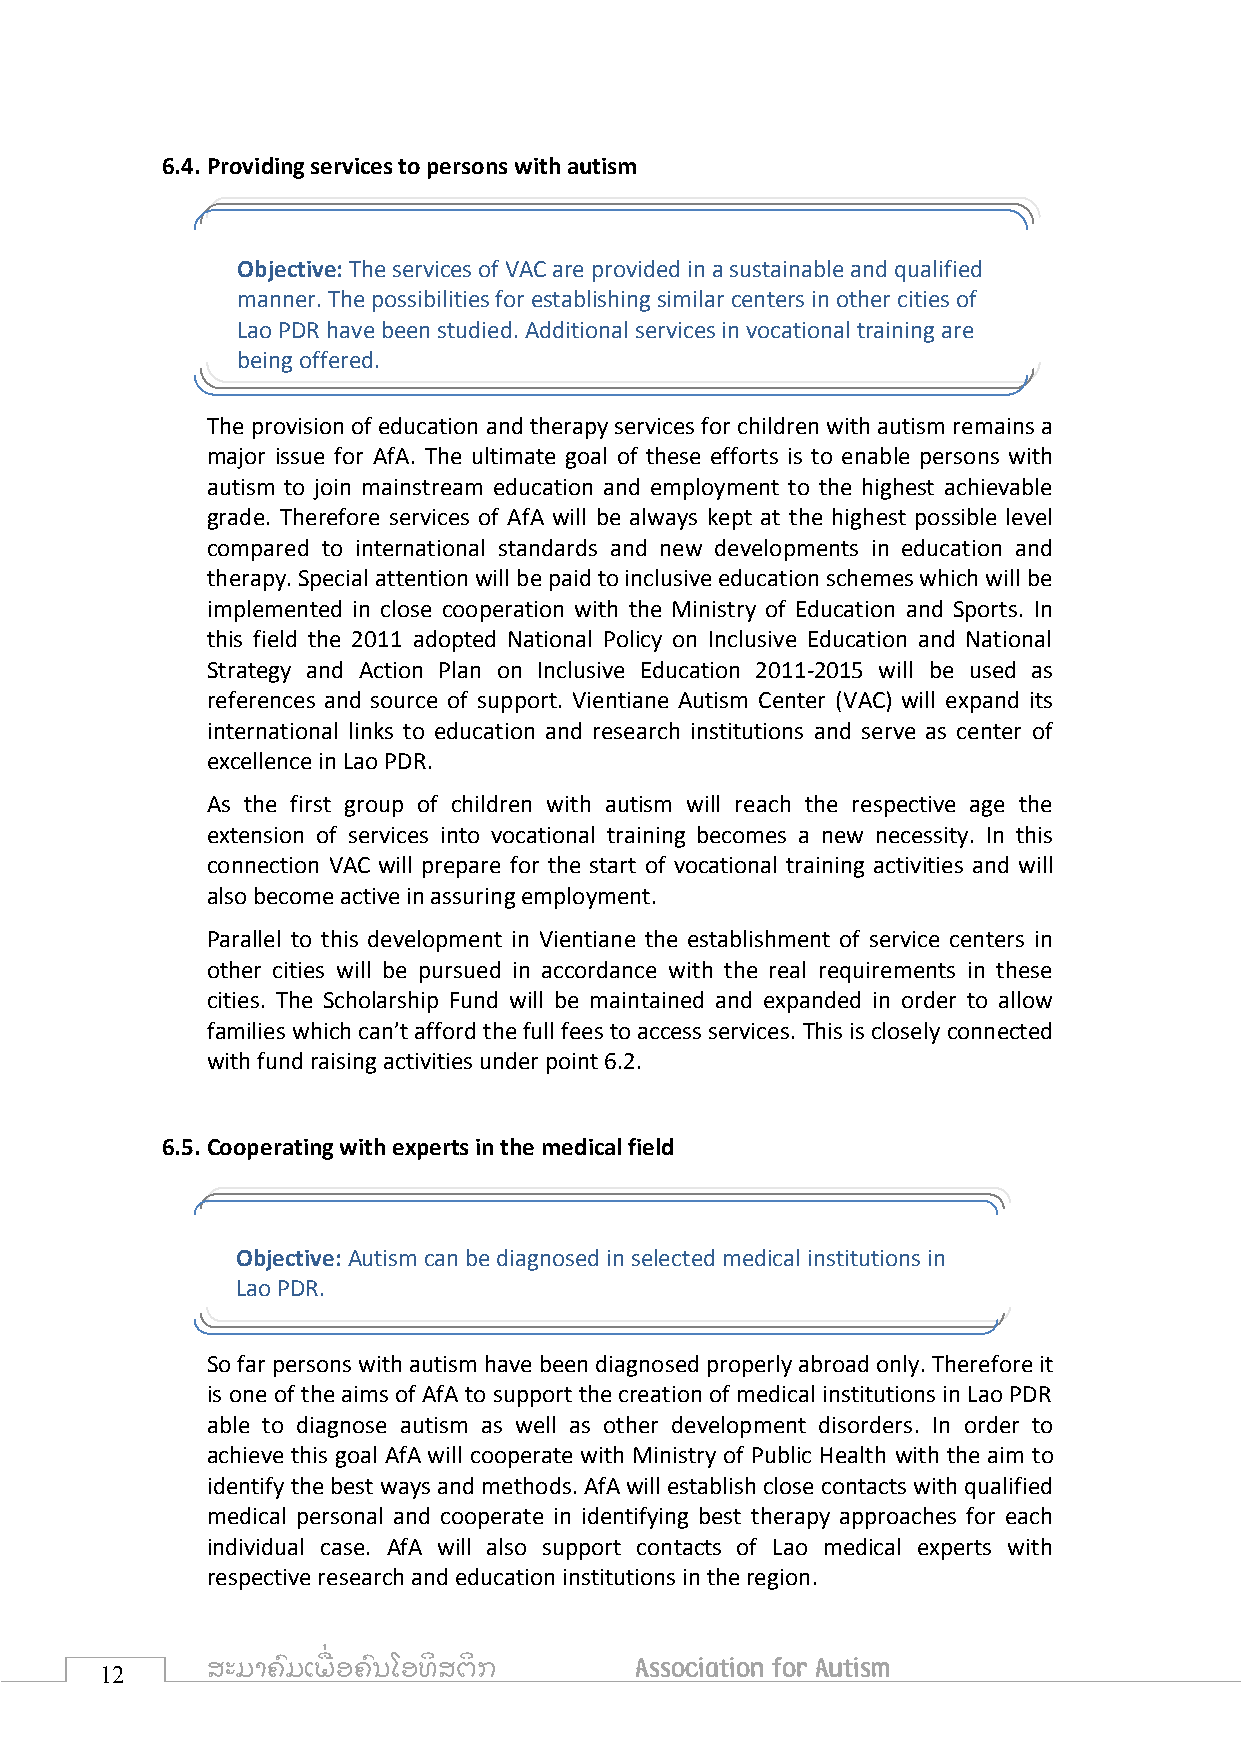
6.4. Providing services to persons with autism
 Objective: The services of VAC are provided in a sustainable and qualified
 manner. The possibilities for establishing similar centers in other cities of
 Lao PDR have been studied. Additional services in vocational training are
 being offered.
 The provision of education and therapy services for children with autism remains a
 major issue for AfA. The ultimate goal of these efforts is to enable persons with
 autism to join mainstream education and employment to the highest achievable
 grade. Therefore services of AfA will be always kept at the highest possible level
 compared to international standards and new developments in education and
 therapy. Special attention will be paid to inclusive education schemes which will be
 implemented in close cooperation with the Ministry of Education and Sports. In
 this field the 2011 adopted National Policy on Inclusive Education and National
 Strategy and Action Plan on Inclusive Education 2011-2015 will be used as
 references and source of support. Vientiane Autism Center (VAC) will expand its
 international links to education and research institutions and serve as center of
 excellence in Lao PDR.
 As the first group of children with autism will reach the respective age the
 extension of services into vocational training becomes a new necessity. In this
 connection VAC will prepare for the start of vocational training activities and will
 also become active in assuring employment.
 Parallel to this development in Vientiane the establishment of service centers in
 other cities will be pursued in accordance with the real requirements in these
 cities. The Scholarship Fund will be maintained and expanded in order to allow
 families which can’t afford the full fees to access services. This is closely connected
 with fund raising activities under point 6.2.
 6.5. Cooperating with experts in the medical field
 Objective: Autism can be diagnosed in selected medical institutions in
 Lao PDR.
 So far persons with autism have been diagnosed properly abroad only. Therefore it
 is one of the aims of AfA to support the creation of medical institutions in Lao PDR
 able to diagnose autism as well as other development disorders. In order to
 achieve this goal AfA will cooperate with Ministry of Public Health with the aim to
 identify the best ways and methods. AfA will establish close contacts with qualified
 medical personal and cooperate in identifying best therapy approaches for each
 individual case. AfA will also support contacts of Lao medical experts with
 respective research and education institutions in the region.
 12     ສະມາຄົ ມເພ ື່ ອຄົ ນໂອທິ ສຕິ ກ Association for Autism